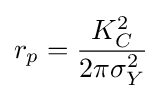
r_{p}={\frac {K_{C}^{2}}{2\pi \sigma _{Y}^{2}}}